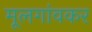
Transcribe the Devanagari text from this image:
मूलगांवकर